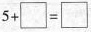
$$5 + \Box = \Box $$